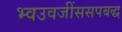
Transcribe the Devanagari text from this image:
भ्वउवजींससपबद्ध